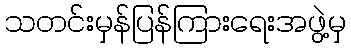
သတင်းမှန်ပြန်ကြားရေးအဖွဲ့မှ